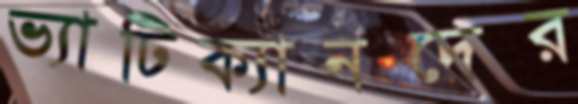
ভ্যাটিক্যানদের